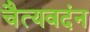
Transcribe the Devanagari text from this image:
चैत्यवदंन